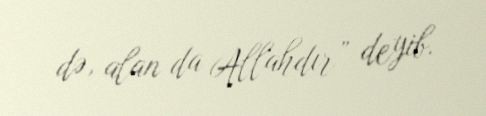
də, alan da Allahdır” deyib.